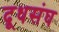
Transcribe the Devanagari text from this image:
दूधसंघ